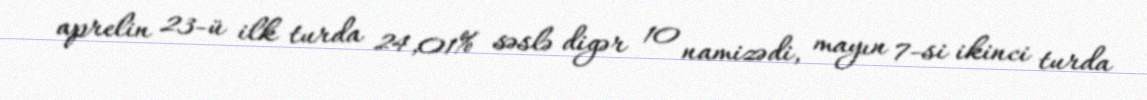
aprelin 23-ü ilk turda 24,01% səslə digər 10 namizədi, mayın 7-si ikinci turda